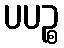
ပပဉ္စ